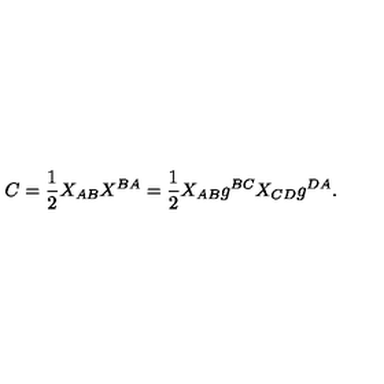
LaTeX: C = { \frac { 1 } { 2 } } X _ { A B } X ^ { B A } = { \frac { 1 } { 2 } } X _ { A B } g ^ { B C } X _ { C D } g ^ { D A } .